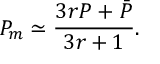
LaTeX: P _ { m } \simeq { \frac { 3 r P + \bar { P } } { 3 r + 1 } } .